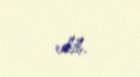
edib.